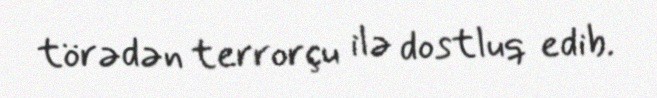
törədən terrorçu ilə dostluq edib.